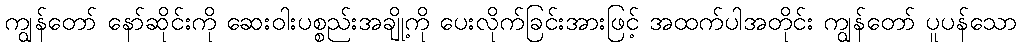
ကျွန်တော် နော်ဆိုင်းကို ဆေးဝါးပစ္စည်းအချို့ကို ပေးလိုက်ခြင်းအားဖြင့် အထက်ပါအတိုင်း ကျွန်တော် ပူပန်သော